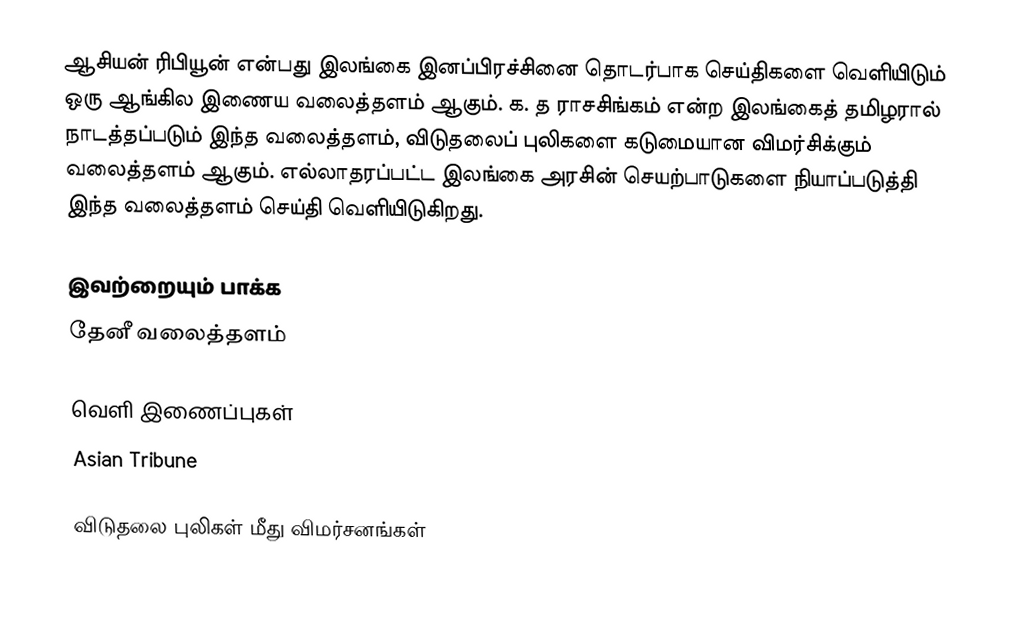
ஆசியன் ரிபியூன் என்பது இலங்கை இனப்பிரச்சினை தொடர்பாக செய்திகளை வெளியிடும் ஒரு ஆங்கில இணைய வலைத்தளம் ஆகும்.  க. த ராசசிங்கம் என்ற இலங்கைத் தமிழரால் நாடத்தப்படும் இந்த வலைத்தளம், விடுதலைப் புலிகளை கடுமையான விமர்சிக்கும் வலைத்தளம் ஆகும்.  எல்லாதரப்பட்ட இலங்கை அரசின் செயற்பாடுகளை நியாப்படுத்தி இந்த வலைத்தளம் செய்தி வெளியிடுகிறது.

இவற்றையும் பாக்க
 தேனீ வலைத்தளம்

வெளி இணைப்புகள்
 Asian Tribune

விடுதலை புலிகள் மீது விமர்சனங்கள்